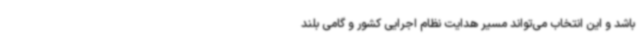
باشد و این انتخاب می‌تواند مسیر هدایت نظام اجرایی کشور و گامی بلند